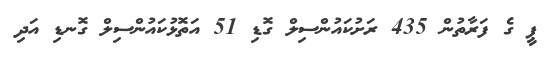
ޕީ ގެ ފަރާތުން 435 ރަށުކައުންސިލް ގޮޑި 51 އަތޮޅުކައުންސިލް ގޮނޑި އަދި